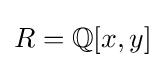
R=\mathbb {Q} [x,y]